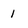
Character: 1